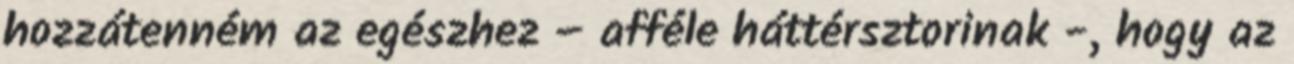
hozzátenném az egészhez – afféle háttérsztorinak -, hogy az